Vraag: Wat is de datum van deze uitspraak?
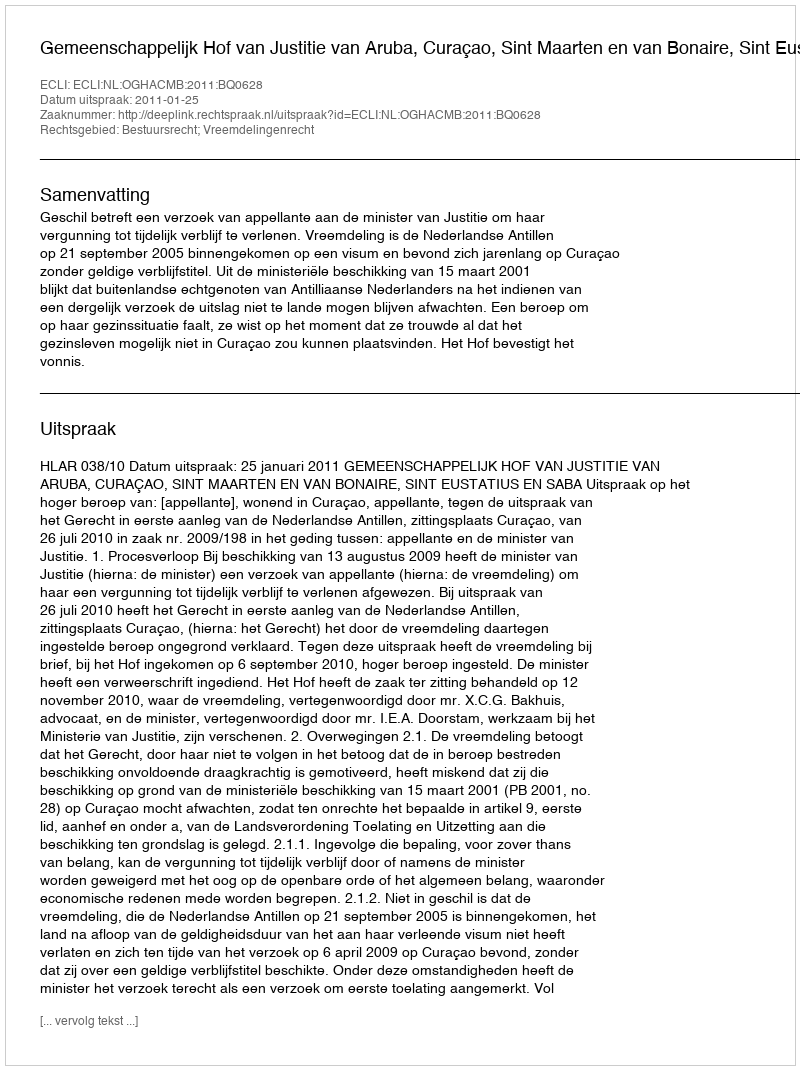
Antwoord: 2011-01-25